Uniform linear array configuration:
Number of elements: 64
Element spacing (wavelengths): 0.75
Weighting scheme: hamming
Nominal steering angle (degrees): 30
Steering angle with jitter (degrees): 31.292
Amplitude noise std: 0.05
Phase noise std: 0.05

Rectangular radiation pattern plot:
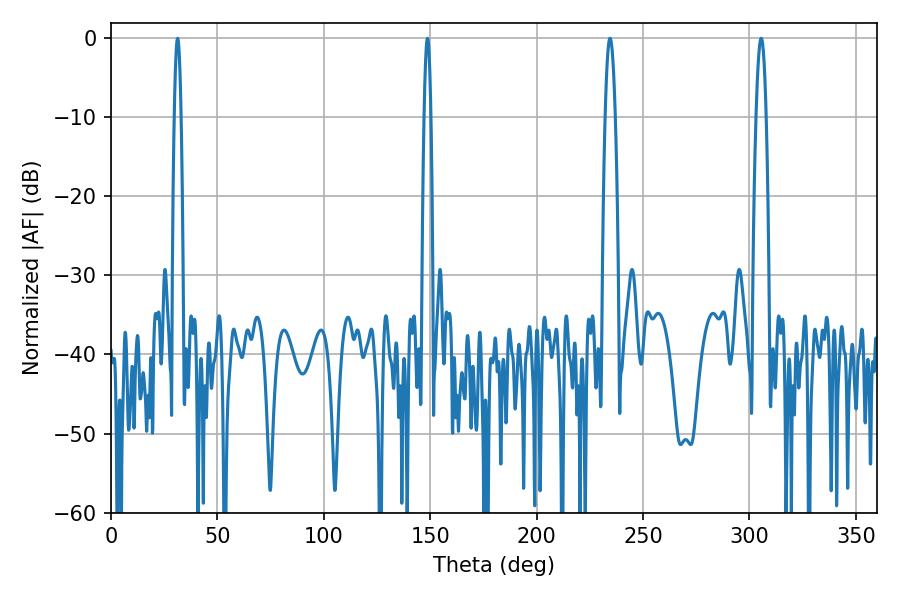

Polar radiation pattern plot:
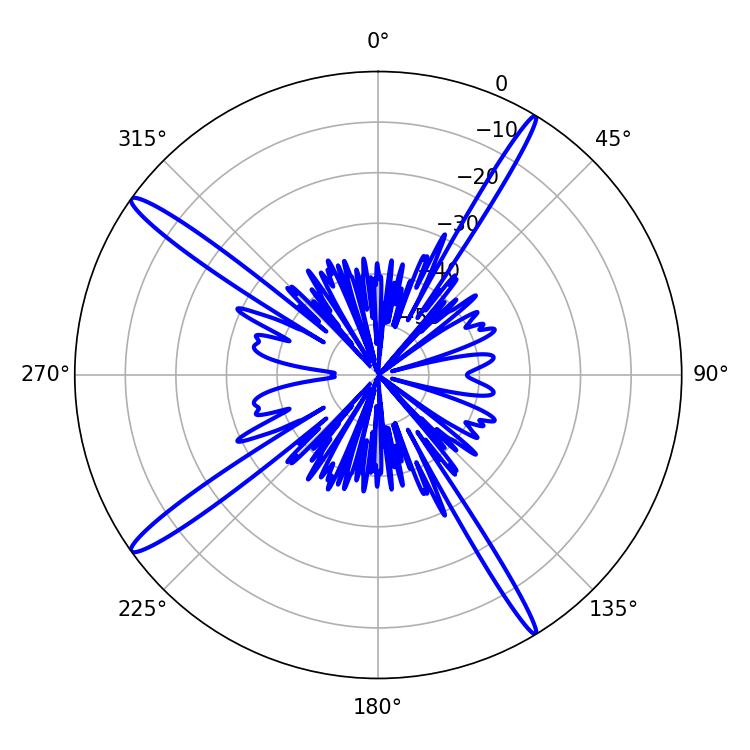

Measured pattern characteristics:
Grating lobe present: TRUE
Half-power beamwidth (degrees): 1.8
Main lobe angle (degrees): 148.68